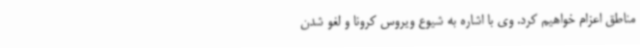
مناطق اعزام خواهیم کرد. وی با اشاره به شیوع ویروس کرونا و لغو شدن